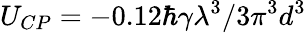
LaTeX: U_{CP}=-0.12\hbar\gamma\lambda^{3}/3\pi^{3}d^{3}